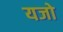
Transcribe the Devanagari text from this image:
यजो